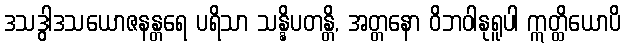
ဒသဒွါဒသယောဇနန္တရေ ပရိသာ သန္နိပတန္တိ, အတ္တနော ဝိဘဝါနုရူပါ ဣတ္ထိယောပိ